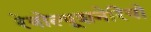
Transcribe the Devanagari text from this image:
रेवोल्यूशनेरियो